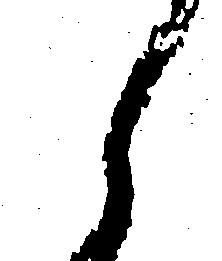
え